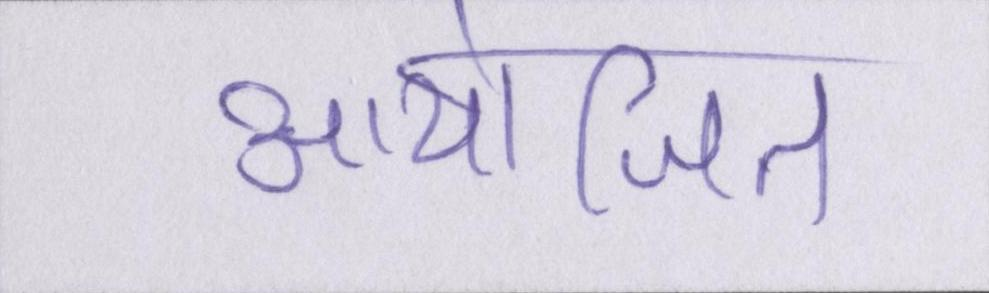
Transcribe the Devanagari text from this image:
आयोजित